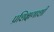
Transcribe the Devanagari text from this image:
प्रशिक्षणाशी